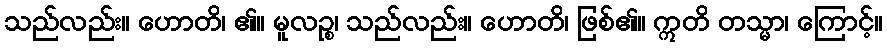
သည်လည်း။ ဟောတိ၊ ၏။ မူလဉ္စ၊ သည်လည်း။ ဟောတိ၊ ဖြစ်၏။ ဣတိ တသ္မာ၊ ကြောင့်။